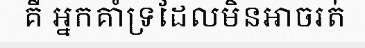
គឺ អ្នកគាំទ្រដែលមិនអាចរត់